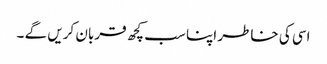
اسی کی خاطر اپنا سب کچھ قربان کریں گے ۔